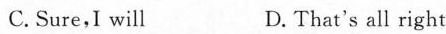
C.Sure,I will D.That's all right